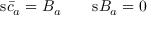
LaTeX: \mathrm { s } \bar { c } _ { a } = B _ { a } \qquad \mathrm { s } B _ { a } = 0